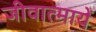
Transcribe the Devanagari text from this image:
जीवात्मायें